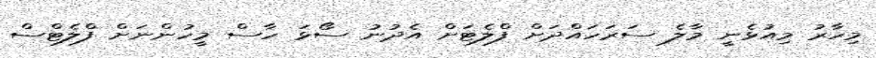
މިހާރު މިއުޅެނީ މާލެ ސަރަހައްދަށް ފްލެޓަށް އެދުނު ސޯޅަ ހާސް މީހުންނަށް ފްލެޓްސް